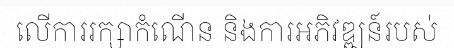
លើការរក្សាកំណើន និងការអភិវឌ្ឍន៍របស់